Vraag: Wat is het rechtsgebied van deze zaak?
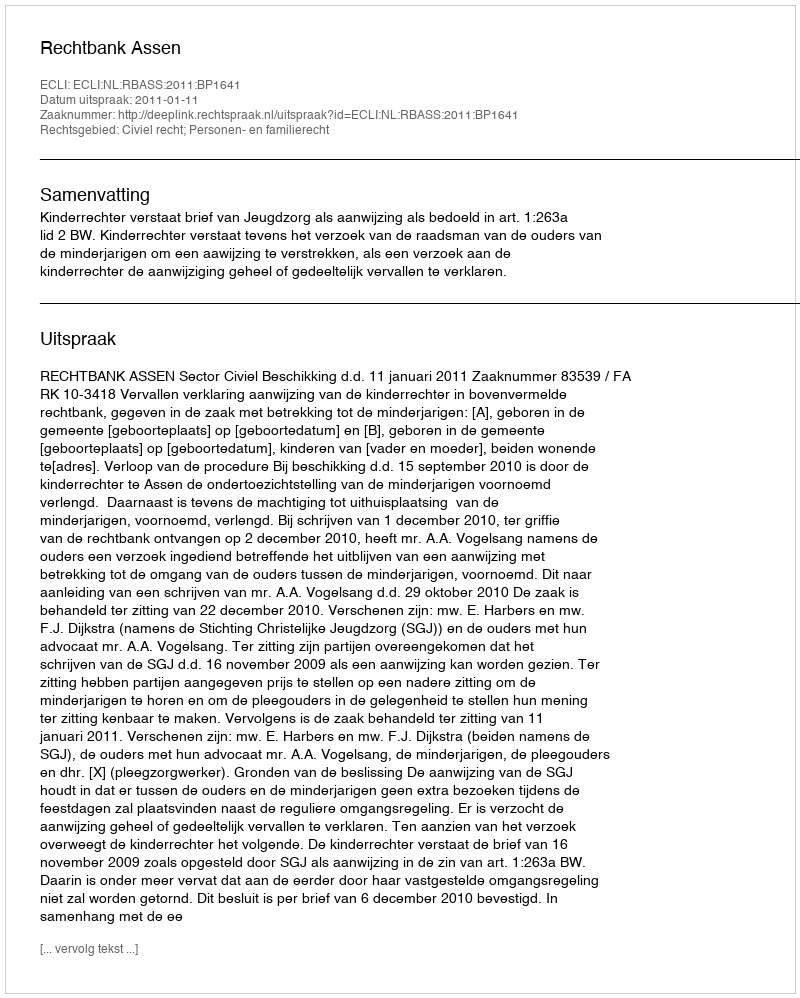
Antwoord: Civiel recht; Personen- en familierecht